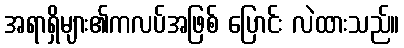
အရာရှိများ၏ကလပ်အဖြစ် ပြောင်း လဲထားသည်။